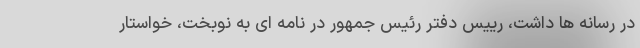
در رسانه ها داشت، رییس دفتر رئیس جمهور در نامه ای به نوبخت، خواستار